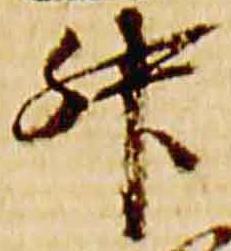
升